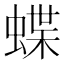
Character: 蝶